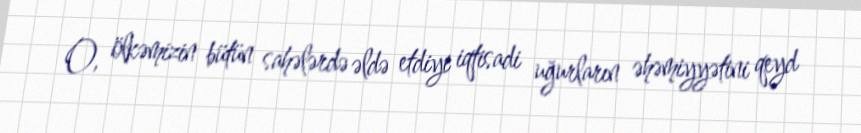
O, ölkəmizin bütün sahələrdə əldə etdiyi iqtisadi uğurların əhəmiyyətini qeyd